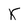
Character: X